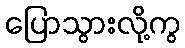
ပြောသွားလို့ကွ